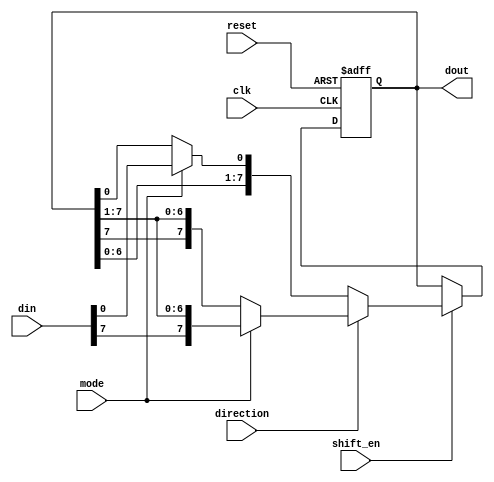
module shift_register (
    input wire clk,          // Clock signal
    input wire reset,        // Reset signal
    input wire shift_en,     // Shift enable signal
    input wire direction,    // Shift direction control signal
    input wire mode,         // Shift mode control signal
    input wire [7:0] din,    // Data input
    output wire [7:0] dout   // Data output
);

reg [7:0] shift_reg;
reg [7:0] temp;

always @ (posedge clk or posedge reset) begin
    if (reset) begin
        shift_reg <= 8'b0;
    end else if (shift_en) begin
        if (direction) begin // Right shift
            if (mode) begin // Parallel-in, serial-out mode
                shift_reg <= {din[7], shift_reg[7:1]};
            end else begin // Serial-in, serial-out mode
                shift_reg <= {shift_reg[7], shift_reg[7:1]};
            end
        end else begin // Left shift
            if (mode) begin // Parallel-in, serial-out mode
                shift_reg <= {shift_reg[6:0], din[0]};
            end else begin // Serial-in, serial-out mode
                shift_reg <= {shift_reg[6:0], shift_reg[0]};
            end
        end
    end
end

assign dout = shift_reg;

endmodule